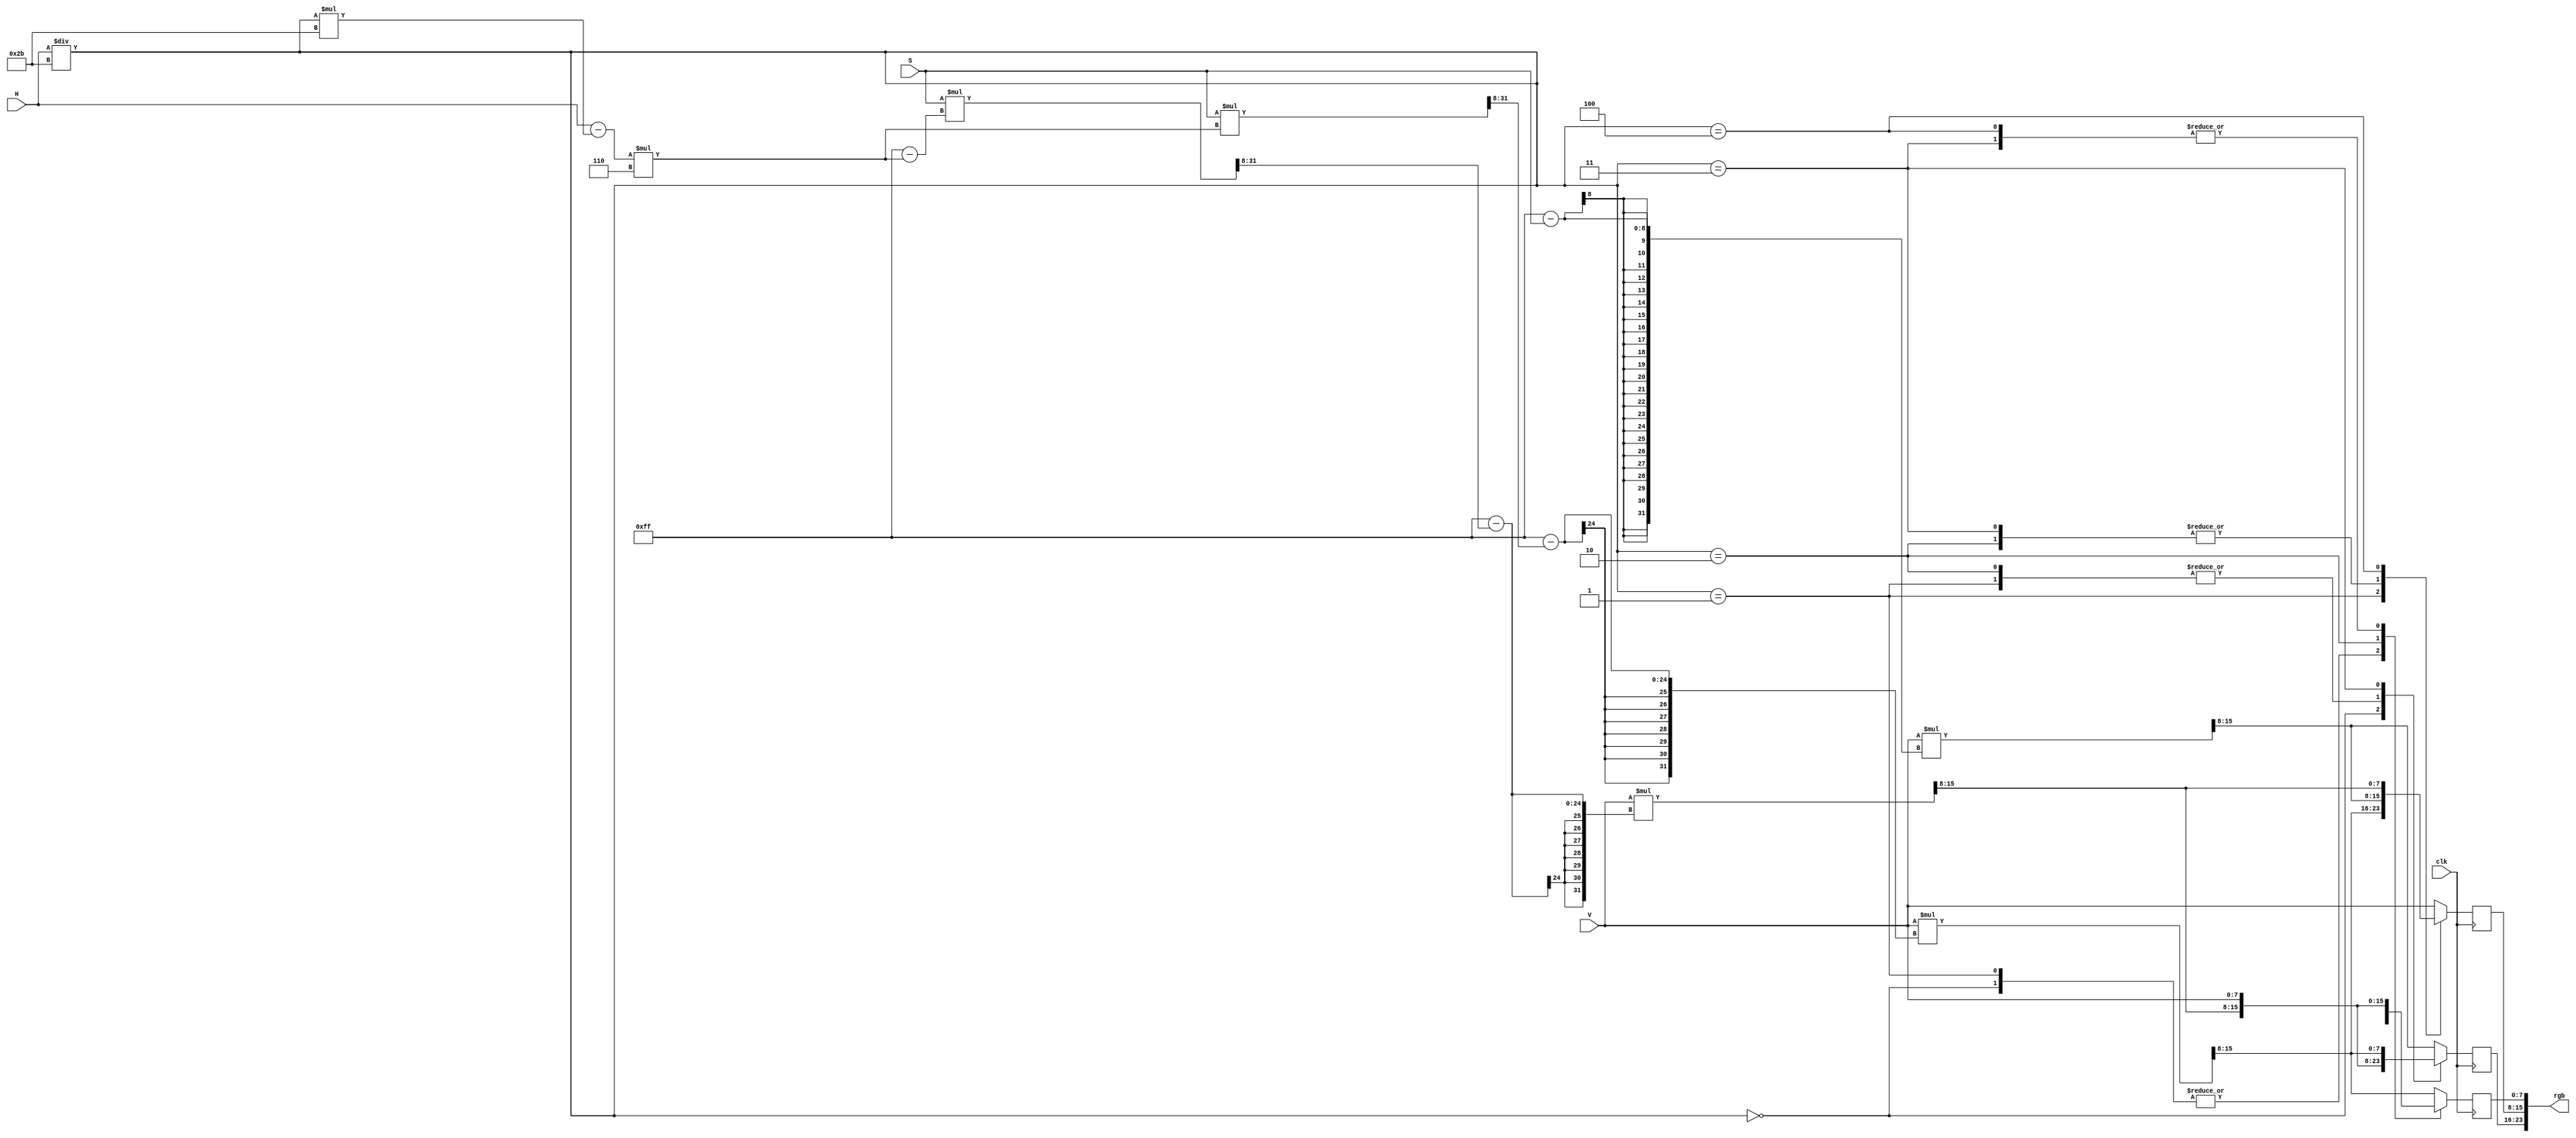
module hsv_to_rgb (
    input        [7:0] H, S, V,
    input              clk,
    output wire [23:0] rgb
);
    integer P, Q, T, region, remainder;
    reg [7:0] R, G, B;
    always @(posedge clk) begin
        region = H / 43;
        remainder = (H - (region * 43)) * 6;
        P = (V * (255 - S)) >> 8;
        Q = (V * (255 - ((S * remainder) >> 8))) >> 8;
        T = (V * (255 - ((S * (255 - remainder)) >> 8))) >> 8;

        case (region)
            3'd0    : begin R = V; G = T; B = P; end
            3'd1    : begin R = Q; G = V; B = P; end
            3'd2    : begin R = P; G = V; B = T; end
            3'd3    : begin R = P; G = Q; B = V; end
            3'd4    : begin R = T; G = P; B = V; end
            default : begin R = V; G = P; B = Q; end
        endcase
//        rgb <= {G, R, B}; // ws2812b have a GRB color order
    end
    assign rgb = {G, R, B}; // ws2812b have a GRB color order
endmodule